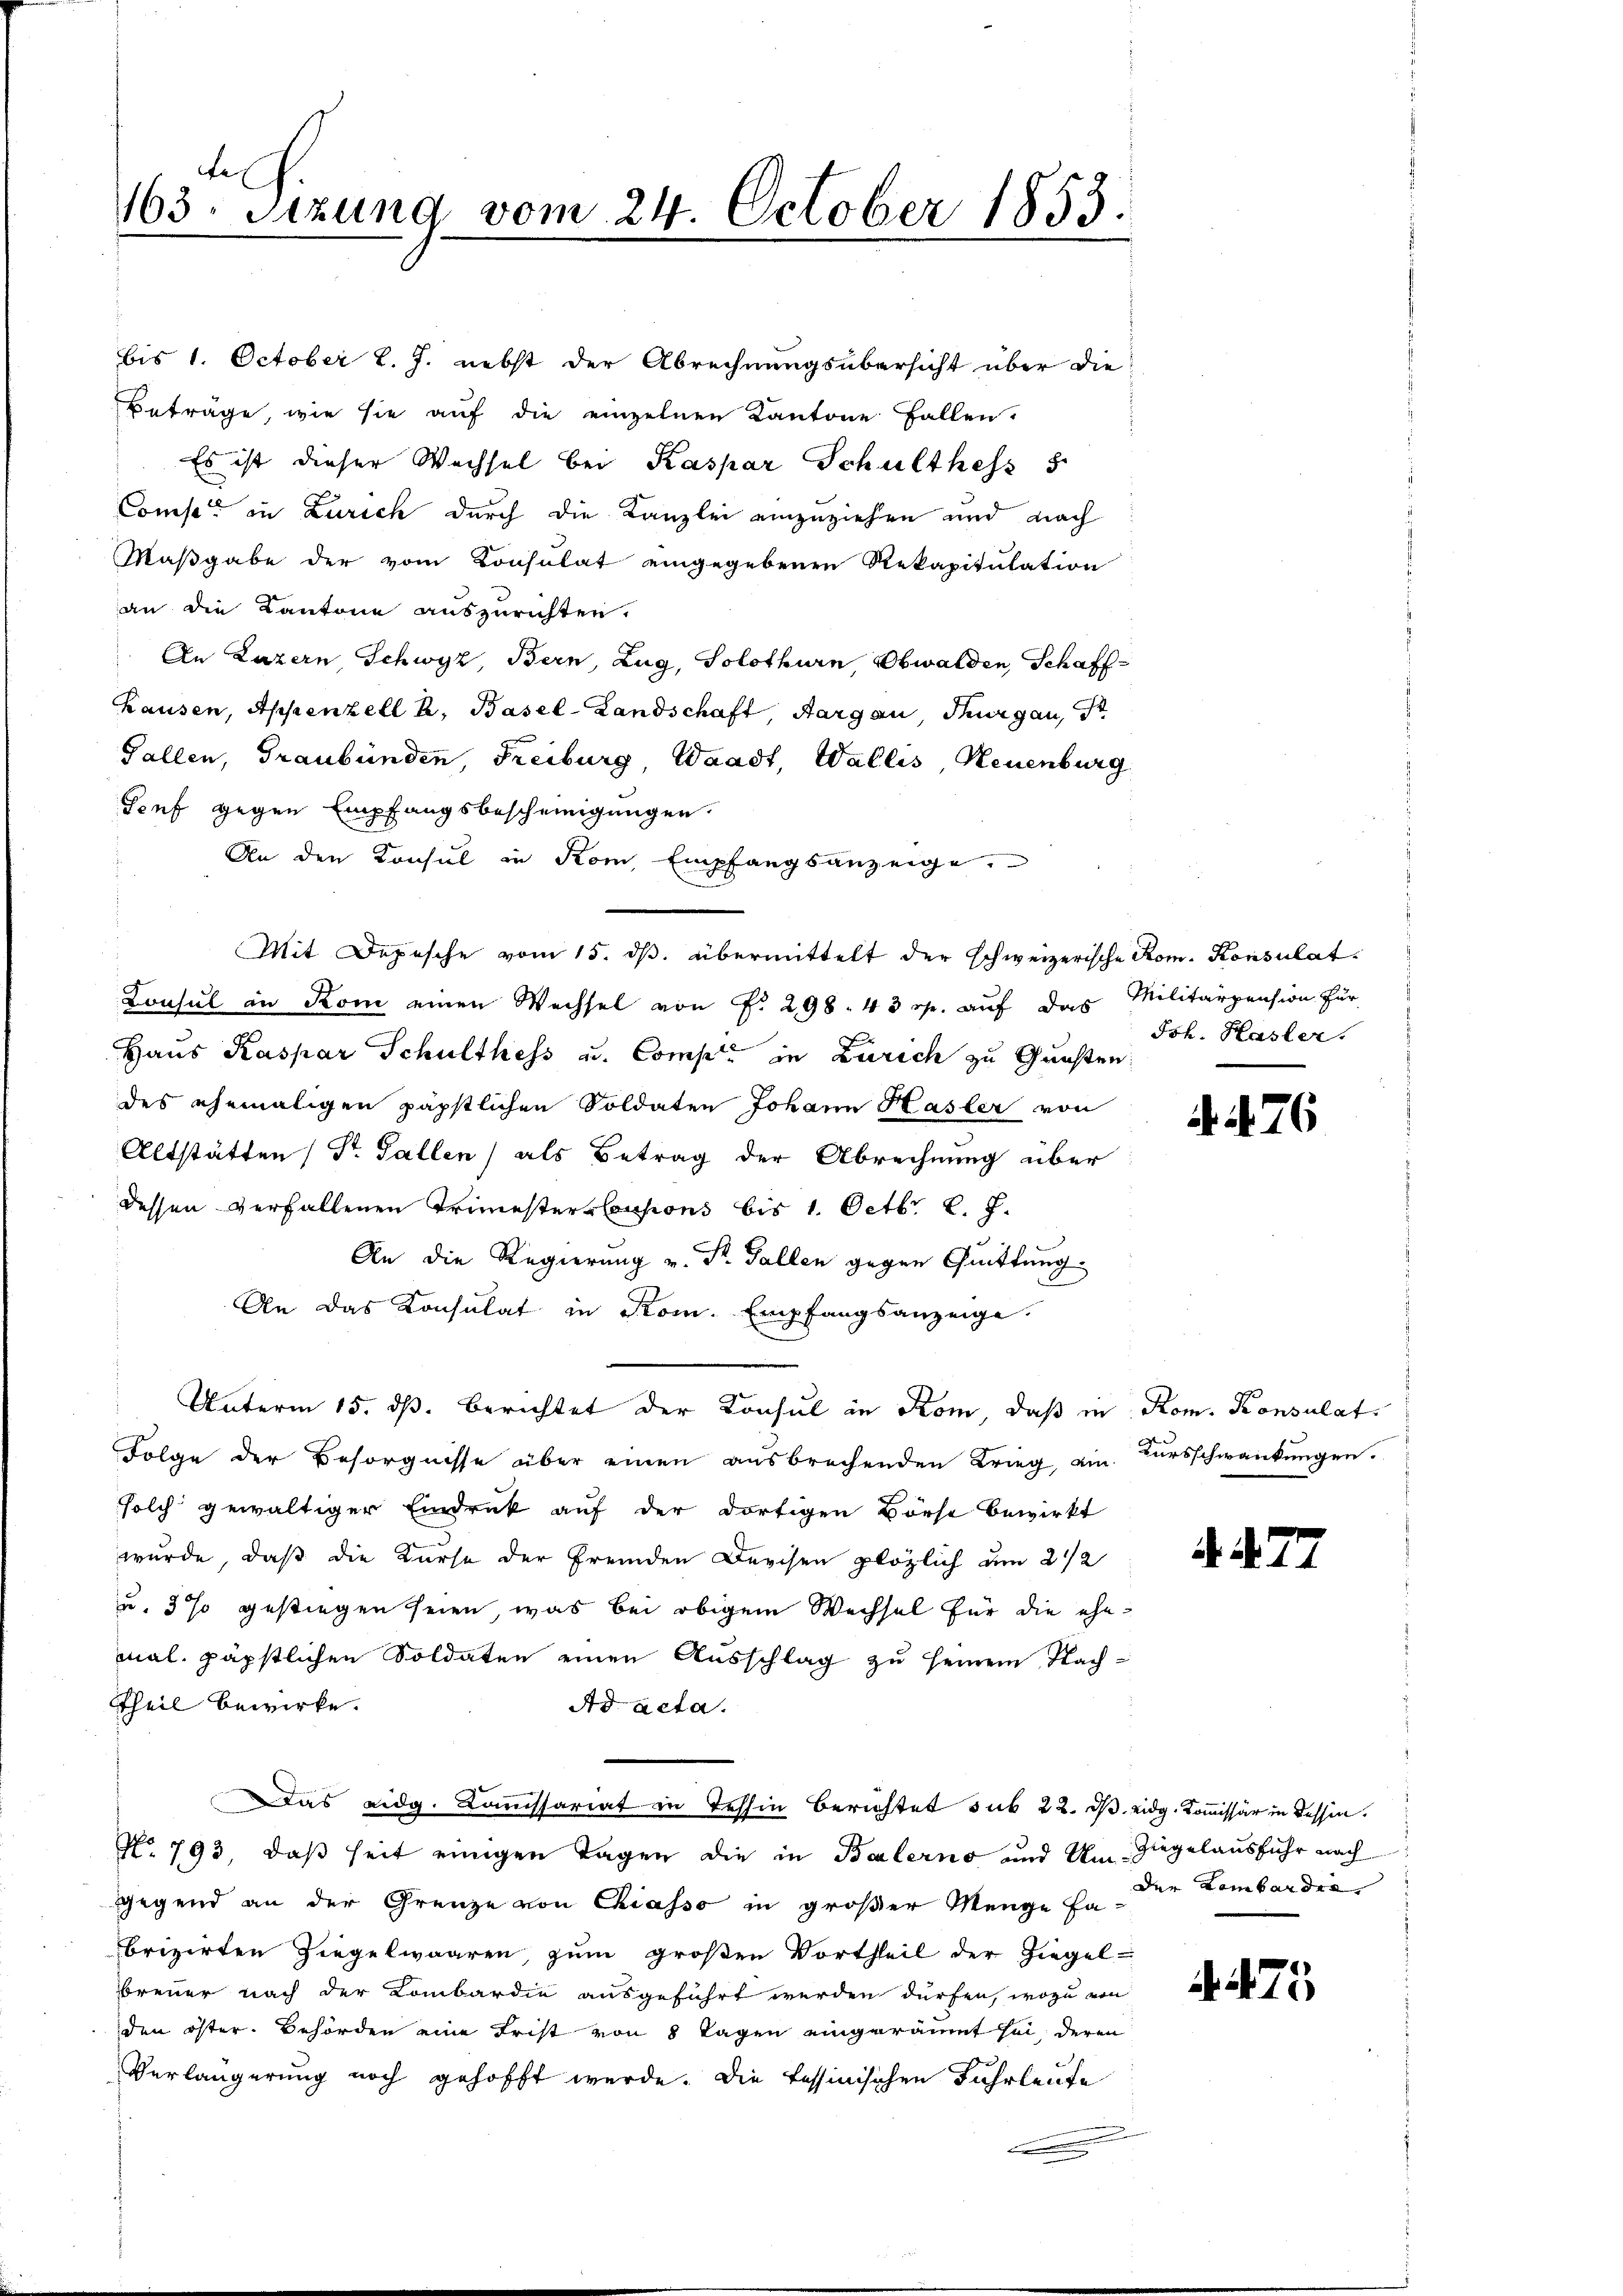
fe
163. Sitzung vom 24. October 1853.

bis 1. October l. J. nebst der Abrechnungsübersicht über die
Beträge, wie sie auf die einzelnen Kantone Fallen.
Es ist dieser Wechsel bei Kaspar Schulthess 5
Conses in Zürich durch die Kanzlei einzuziehen und nach
Maßgabe der vom Consulat eingegebenen Rekapitulation
an die Kantone auszurichten.
An Luzern Schwyz, Bern, Zug, Solothurn, Obwalden, Schaff-
Hausen, Appenzell A. Basel-Landschaft Aargau, Thurgau,
Gallen, Graubünden, Freiburg, Waadt, Wallis, Neuenburg
Genf gegen Empfangsbescheinigungen.
An den Konsul in Kom, Empfangsanzeige.
Mit Depesche vom 15. ds. übermittelt der schweizerische Rom. Konsulat
Consul in Kon einen Wechsel von P. 298. 43 Rp. auf das Militärpension für
Haus Kaspar Schulthess u. Comp. in Zürich zu Gunsten:
des ehemaligen päpstlichen Soldaten Johann Hasler von
Altstätten (Dr. Gallen) als Betrag der Abrechnung über
dessen verfallenen Trimester-Censions bis 1. Octbr. l. J.
An die Regierung v. St. Gallen gegen Quittung
An das Konsulat in Rom. Empfangsanzeige.
Unterm 15. ds. berichtet der Konsul in Kom, daß in Rom. Konsulat
Folge der Besorgnisse über einen ausbrechenden Krieg, ain Kursschwankungen.
solch gewältiger Eindruck auf der dortigen Börse bewirkt
wurde, daß die Kurse der fremden Durchen plözlich am 22
u. 3 % gestiegen seien, was bei obigem Wechsel für die ehemal. päpstlichen Soldaten einen Ausschlag zu seinem Nach-
ttheil bewirke.
Ad acta.
Das eidg. Commissariat in Tessin berichtet sub 22. d. eidg. Kommissär in dessen.
No 793, daß seit einigen Tagen die in Balerno und Um Ziegelausfuhr nach
gegend an der Grenze von Chiasso in großer Menge Fabrizirten Liegelwaaren, zum großen Vortheil der Ziegel-
brenner nach der Kombardie ausgeführt werden dürfen, wozu von
den öster. Behörden eine Frist von 8 Tagen eingeräumt sei, deren
Verlängerung noch gehofft werde. Die fessinischen Fuhrleute
f

Joh. Hasler.

. N. 76

der Lombarder

. 275